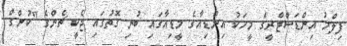
ފިލްމު އިންޑަސްޓްރީގެ މީހަކު އިންޑިއާގެ މީޑިއާގައި ބުނި ގޮތުގައި ޖެކީ ޗެންގެ "ކުންގް